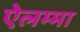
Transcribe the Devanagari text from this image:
ऐलम्मा